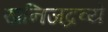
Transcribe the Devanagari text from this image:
खनिजद्रव्ये